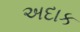
અદાક